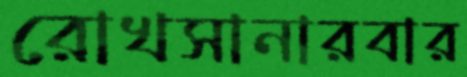
রোখসানারবার